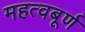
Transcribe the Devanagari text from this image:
महत्वबूर्ण